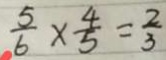
\frac { 5 } { 6 } \times \frac { 4 } { 5 } = \frac { 2 } { 3 }